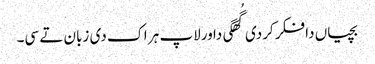
بچیاں دا فکر کردی گُھگی دا ورلاپ ہر اک دی زبان تے سی۔